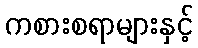
ကစားစရာများနှင့်